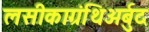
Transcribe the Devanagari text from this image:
लसीकाग्रंथिअर्बुद